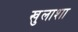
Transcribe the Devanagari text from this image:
खुलाशा